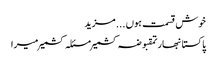
خوش قسمت ہوں ... مزید
پاکستانبھارتمقبوضہ کشمیرمسئلہ کشمیرمیرا